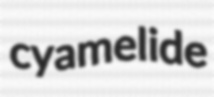
cyamelide